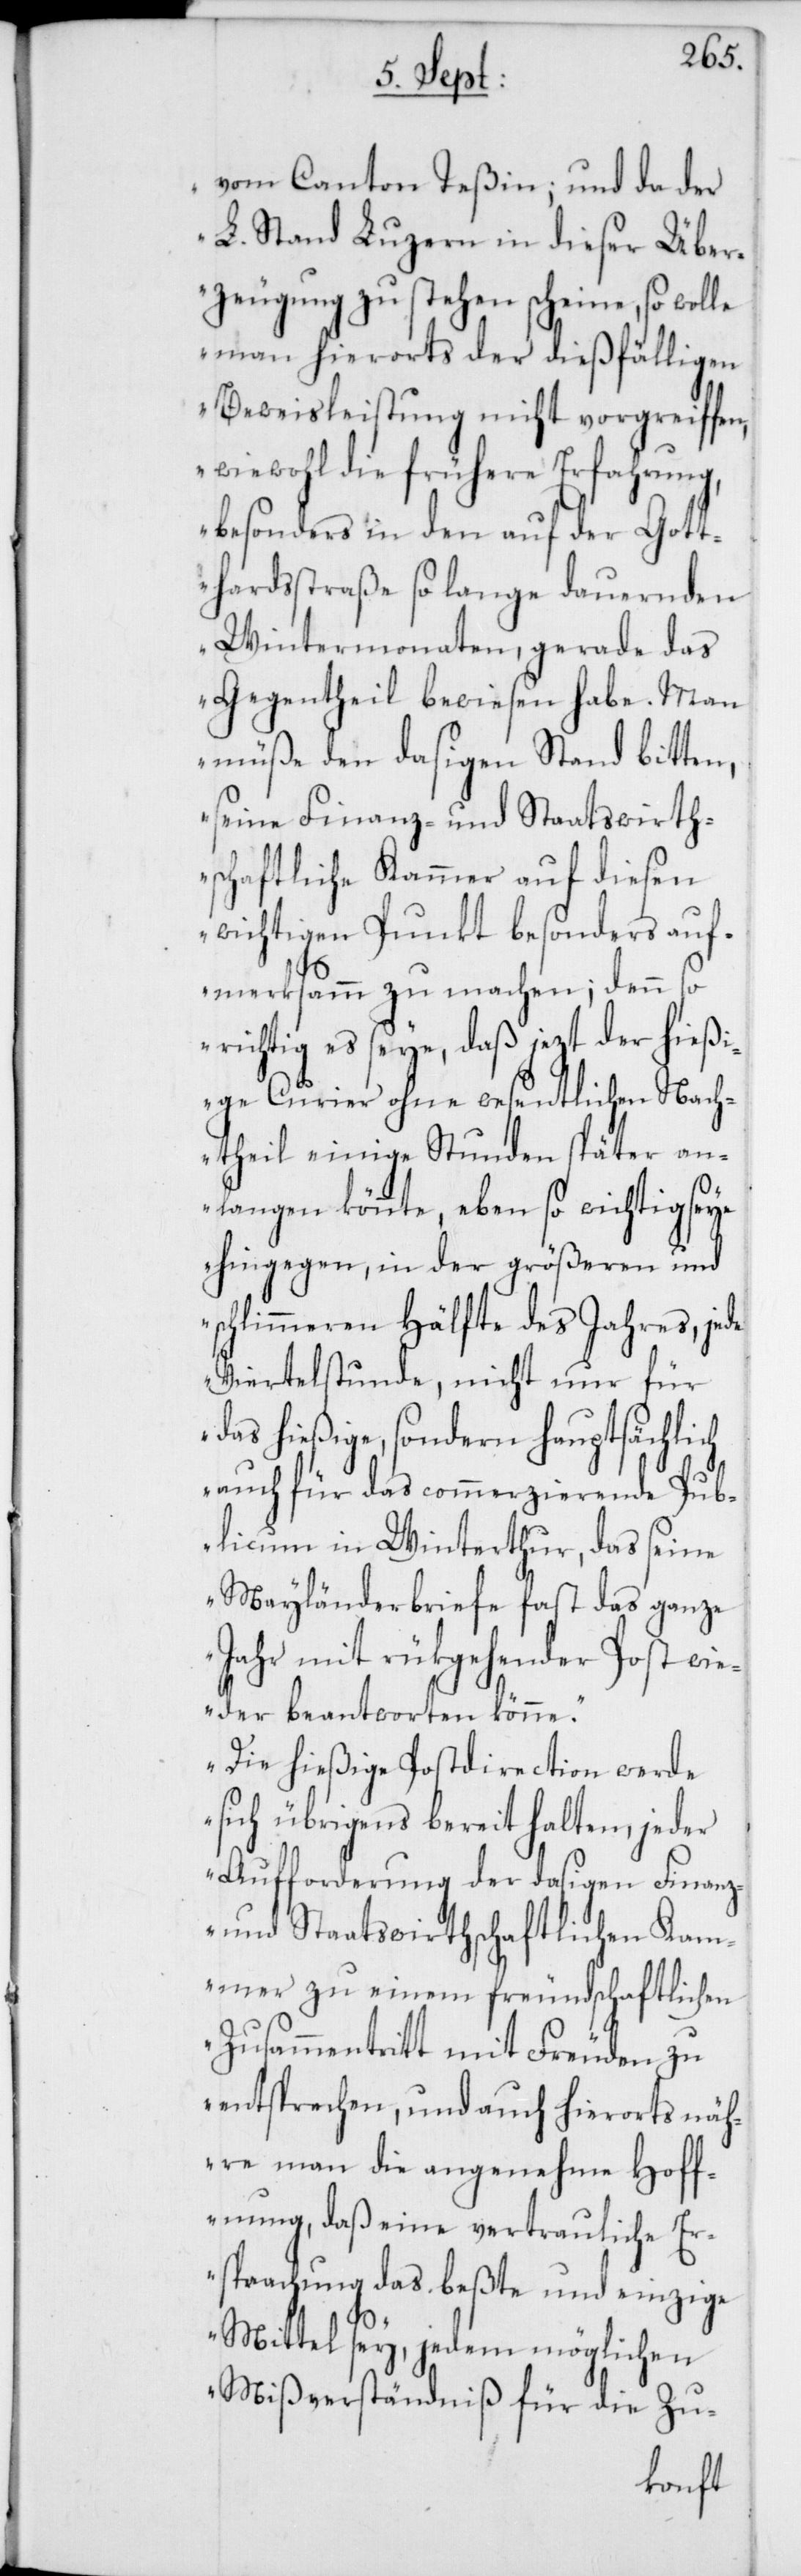
vom Canton Teßin; und da der
L. Stand Luzern in dieser Über¬
zeugung zu stehen scheine, so wolle
man hierorts der dießfälligen
Beweisleistung nicht vorgreiffen,
wiewohl die frühere Erfahrung,
besonders in den auf der Gott¬
hardstraße so lange dauernden
Wintermonaten, gerade das
Gegentheil bewiesen habe. Man
müße den dasigen Stand bitten,
seine Finanz- und Staatswirth¬
schaftliche Kammer auf diesen
wichtigen Punkt besonders auf¬
merksamm zu machen; denn so
richtig es seye, daß jezt der hießi¬
ge Curier ohne wesentlichen Nach¬
theil einige Stunden später an¬
langen könnte, eben so wichtig seye
hingegen, in der größeren und
schlimmeren Hälfte des Jahres, jede
Viertelstunde, nicht nur für
das hießige, sondern hauptsächlich
auch für das commerzierende Pub¬
licum in Winterthur, das seine
Mayländerbriefe fast das ganze
Jahr mit rükgehender Post wie¬
der beantworten könne.
Die hießige Postdirection werde
sich übrigens bereit halten, jeder
Aufforderung der dasigen Finanz-
und Staatswirthschaftlichen Kam¬
mer zu einem freundschaftlichen
Zusammentritt mit Freuden zu
entsprechen, und auch hierorts näh¬
re man die angenehme Hoff¬
nung, daß eine vertrauliche Er¬
sprachung das beßte und einzige
Mittel sey, jedem möglichen
Mißverständniß für die Zu-